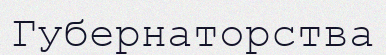
Губернаторства